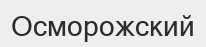
Осморожский